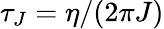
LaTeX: \tau_{J}=\eta/(2\pi J)